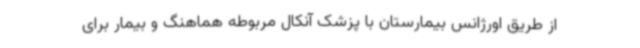
از طریق اورژانس بیمارستان با پزشک آنکال مربوطه هماهنگ و بیمار برای